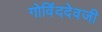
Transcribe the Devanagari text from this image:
गोविंददेवजी